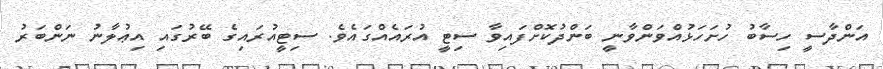
އަންދާސީ ހިސާބު ހުށަހަޅުއްވަންވާނީ ބަންދުކޮށްފައިވާ ސިޓީ އުރައެއްގައެވެ. ސިޓީއުރައިގެ ބޭރުގައި އިޢުލާނު ނަންބަރު